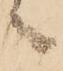
々